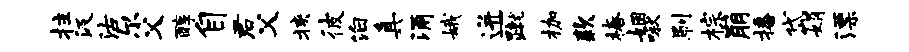
拄汲沽尔父醇自君父挟彼泊真涌娥迸蹴枷款椿姻啾刷棕崩播岱娟漂